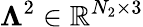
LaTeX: \mathbb{\Lambda}^{2}\in\mathbb{R}^{N_{2}\times 3}